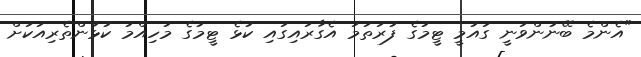
"އެންމެ ބޭނުންވަނީ ގައުމީ ޓީމުގެ ފުރަތަމަ އެގާރައިގައި ކުޅެ ޓީމުގެ މުހިއްމު ކުޅުންތެރިއަކަށް